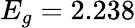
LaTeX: E_{g}=2.238